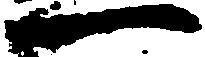
一